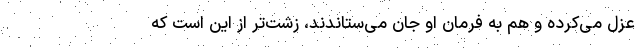
عزل می‌کرده و هم به فرمان او جان می‌ستاندند، زشت‌تر از این است که